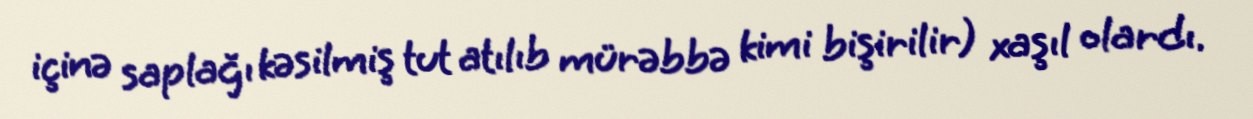
içinə saplağı kəsilmiş tut atılıb mürəbbə kimi bişirilir) xaşıl olardı.